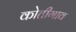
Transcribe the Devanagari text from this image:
कोतीगाव